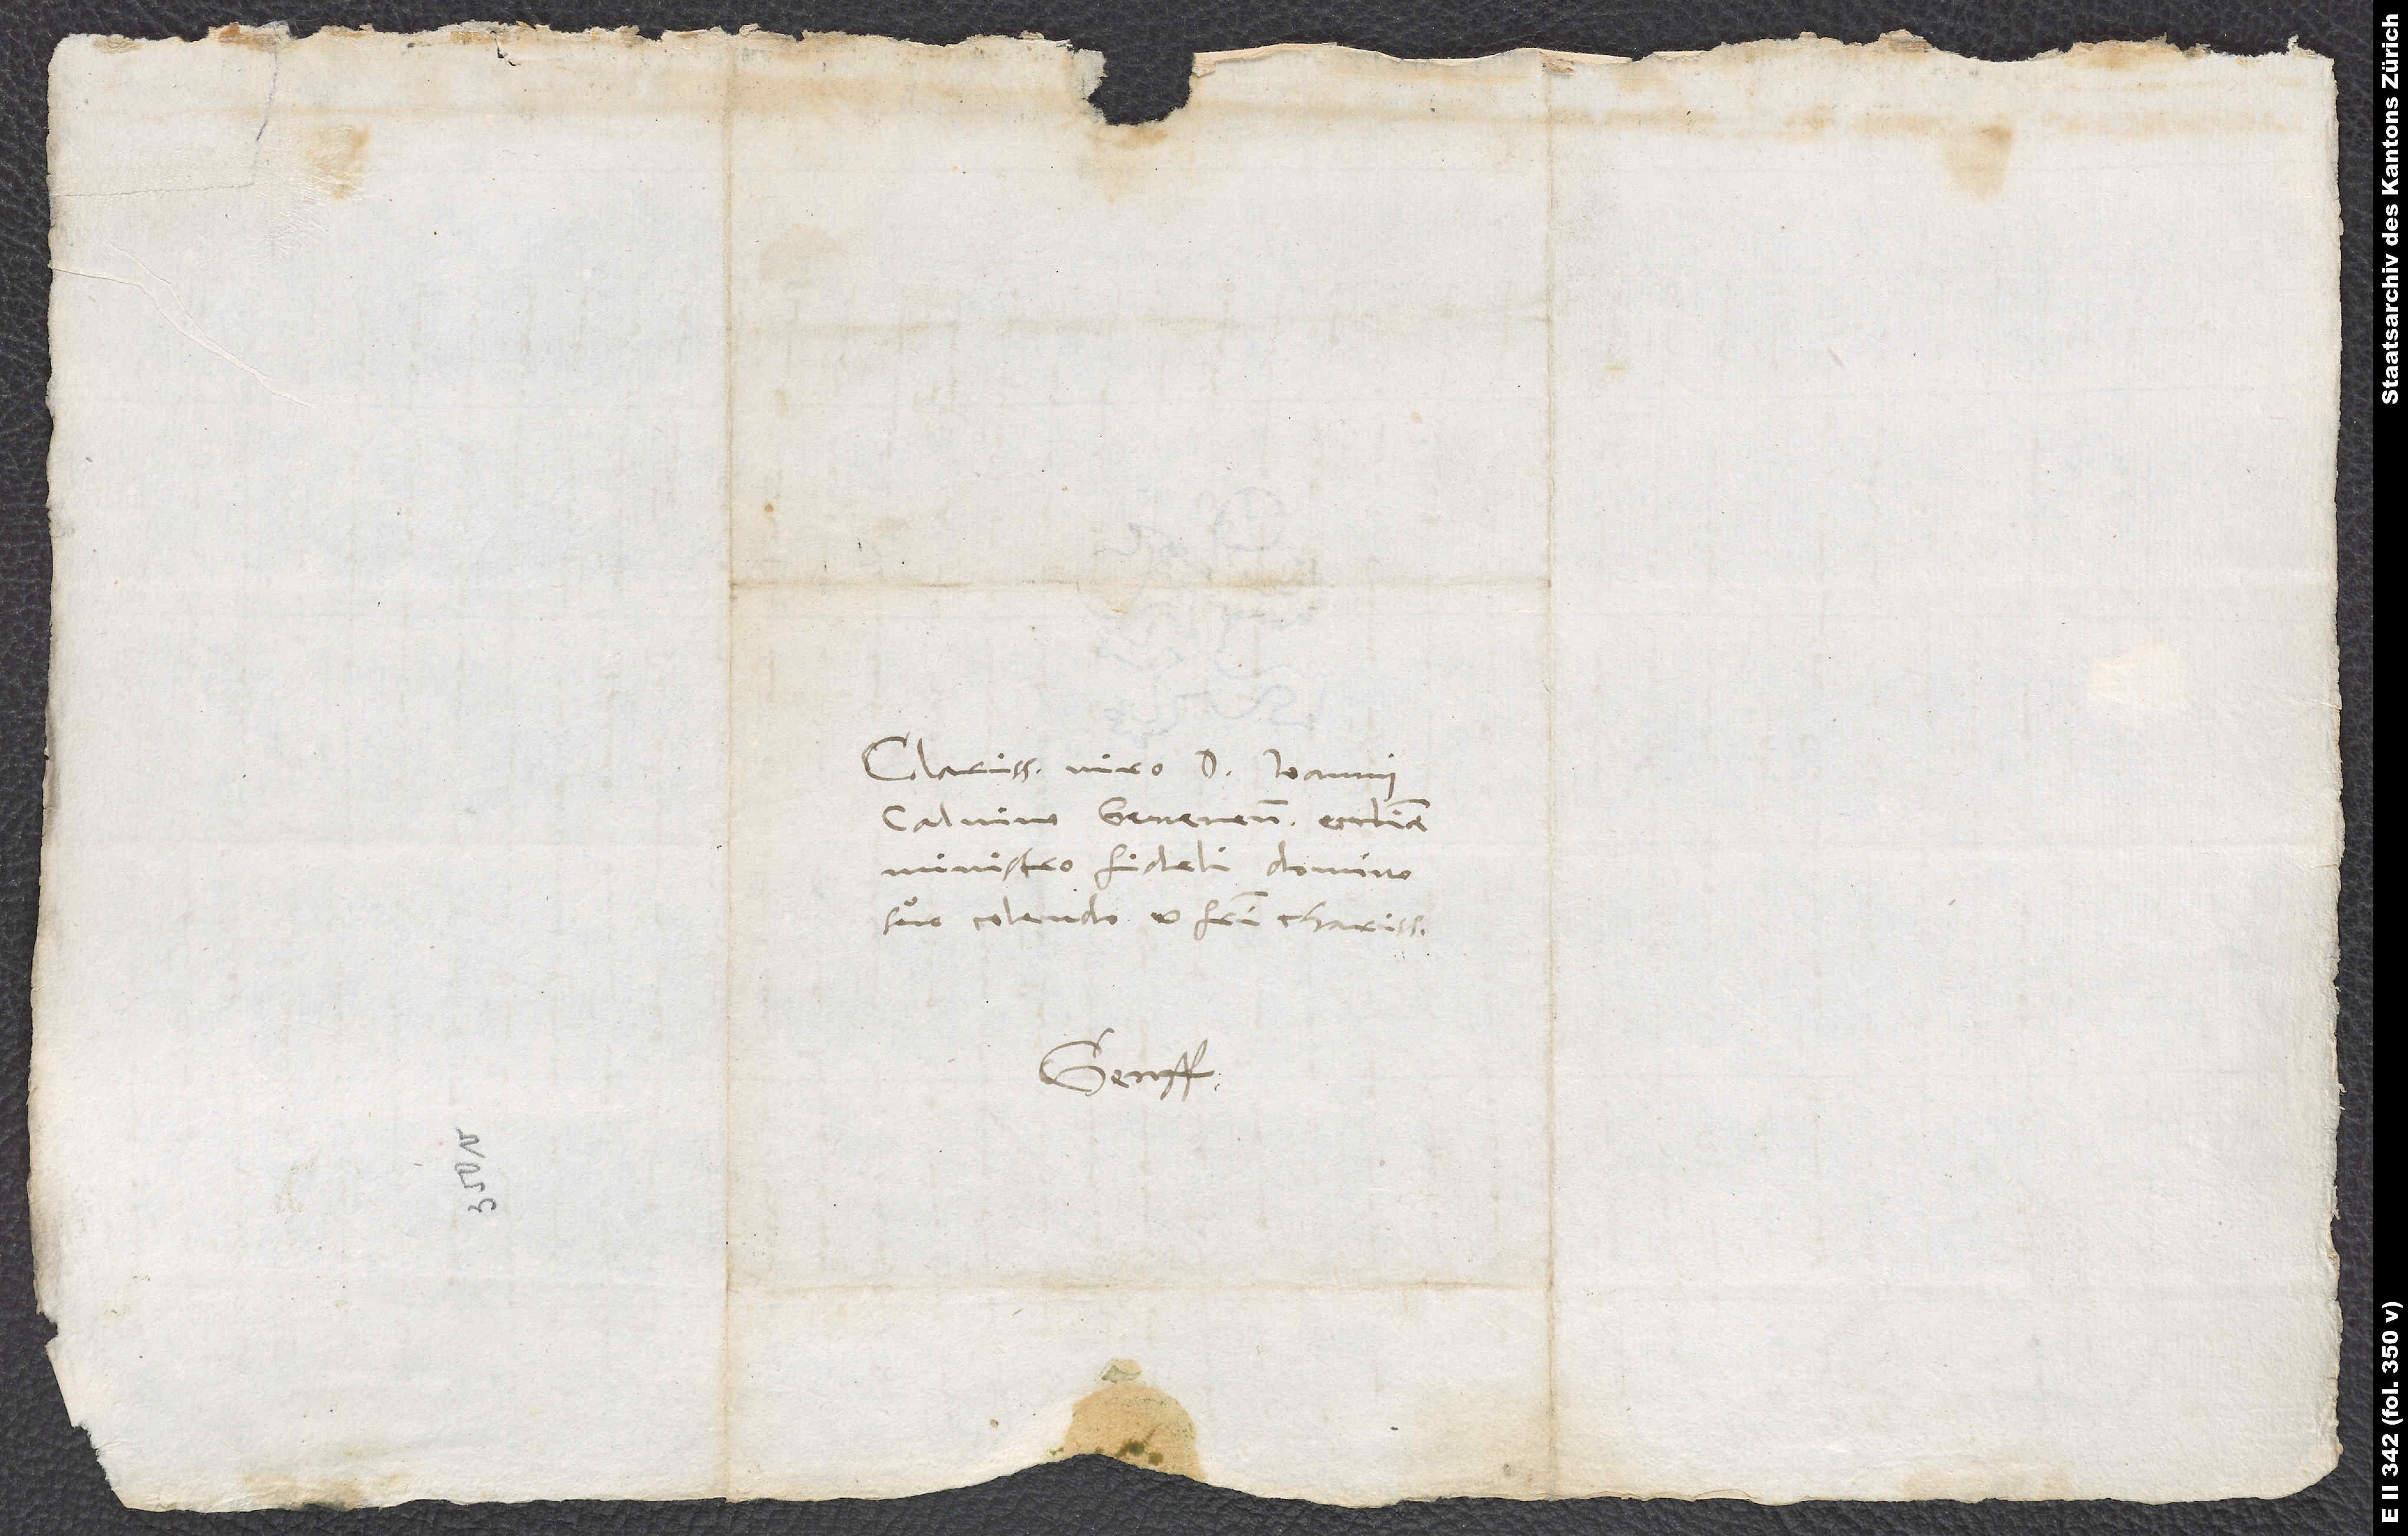
Clarissimo viro D. Ioanni
Calvino Genevensis ecclesiae
ministro fideli domino
suo colendo et fratri charissimo.
Genff.